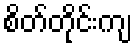
စိတ်တိုင်းကျ